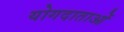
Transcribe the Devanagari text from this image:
योगदाताओं